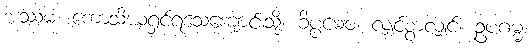
အဿမံ၊ ကောသိယရှင်ရသေ့ကျောင်းသို့။ ခိပ္ပမေဝ၊ လျှင်စွာလျှင်။ ဥပဂမ္မ၊